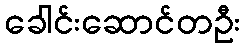
ခေါင်းဆောင်တဦး